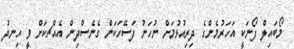
މޯބައިލް ފޯނަކީ އަހަރުމެންގެ ދިރިއުޅުމަށް ނުހަނު ފަސޭހަކަން ގެނެސްދިން އެއްޗކަށް ވީ ހިނދު